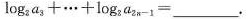
log _ { 2 } a _ { 3 } + … + log _ { 2 } a _ { 2 n - 1 } = ___$$.